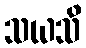
သယသိ